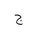
Letter: _gim